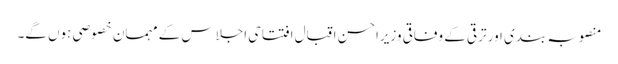
منصوبہ بندی اور ترقی کے وفاقی وزیراحسن اقبال افتتاحی اجلاس کے مہمان خصوصی ہوں گے۔